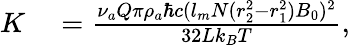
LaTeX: \begin{array}{rl}{K}&{{}=\frac{\nu_{a}Q\pi\rho_{a}\hbar c(l_{m}N(r_{2}^{2}-r_{1}^{2})B_{0})^{2}}{32Lk_{B}T},}\end{array}